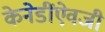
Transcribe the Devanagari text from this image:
केनेडींऐवजी